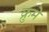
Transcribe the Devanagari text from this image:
क्रुमे